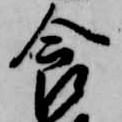
食